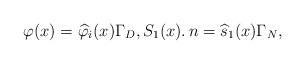
LaTeX: \begin{align*}{\varphi}({x})&=\widehat{\varphi}_i({x}) \Gamma_D,{S}_1({x}).\,n=\widehat{s}_1({x}) \Gamma_N,\end{align*}